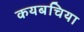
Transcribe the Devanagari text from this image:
कयबचिया